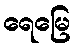
ရေမြေ